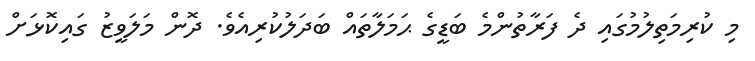
މި ކުރިމަތިލުމުގައި ދެ ފަރާތުންމެ ބަޑީގެ ޙަމަލާތައް ބަދަލުކުރިއެވެ. ދޮން މަލަވީޒު ގައިކޮޅަށް